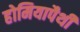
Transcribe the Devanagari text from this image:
होमियापैथी